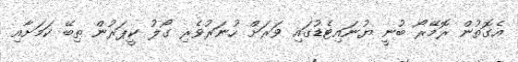
އެގޮތުން ރޮމޭރޯ ބުނީ ޔުނައިޓެޑުގައި ވަރަށް ހުނަރުވެރި ގޯލު ކީޕަރުން ތިބޭ ކަމަށާއި